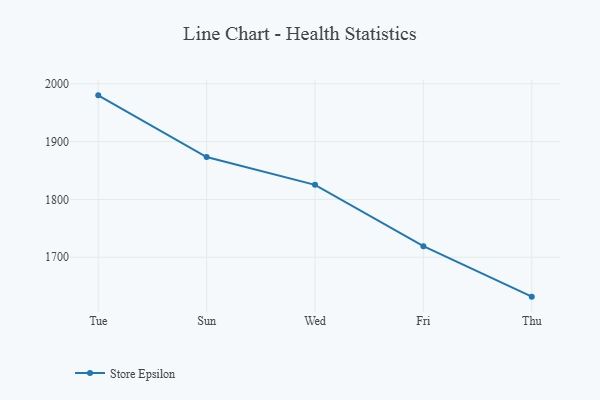
{"axis": {"x": "Day", "y": "Shipments"}, "legend": ["Store Epsilon"], "data": [{"x": "Tue", "y": 1980.1, "type": "Store Epsilon"}, {"x": "Sun", "y": 1873.3, "type": "Store Epsilon"}, {"x": "Wed", "y": 1825.2, "type": "Store Epsilon"}, {"x": "Fri", "y": 1719.2, "type": "Store Epsilon"}, {"x": "Thu", "y": 1631.8, "type": "Store Epsilon"}]}